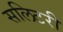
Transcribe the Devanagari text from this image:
सलिटरी